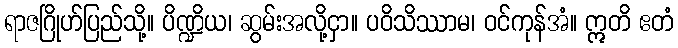
ရာဇဂြိုဟ်ပြည်သို့။ ပိဏ္ဍိယ၊ ဆွမ်းအလို့ငှာ။ ပဝိသိဿာမ၊ ဝင်ကုန်အံ။ ဣတိ ဧတံ